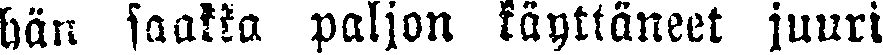
hän saakka paljon käyttäneet juuri